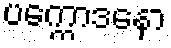
ပက္ကောဒနော